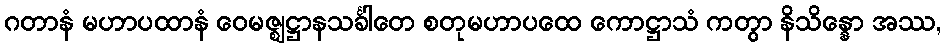
ဂတာနံ မဟာပထာနံ ဝေမဇ္ဈဋ္ဌာနသင်္ခါတေ စတုမဟာပထေ ကောဋ္ဌာသံ ကတွာ နိသိန္နော အဿ,